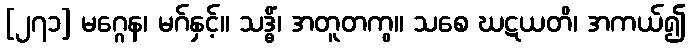
[၂၇၁] မဂ္ဂေန၊ မဂ်နှင့်။ သဒ္ဓိံ၊ အတူတကွ။ သစေ ဃဋယတိ၊ အကယ်၍